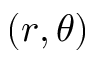
( r , \theta )